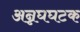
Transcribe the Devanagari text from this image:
अन्नघघटक